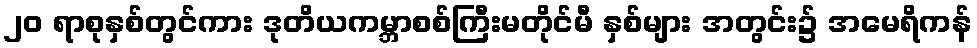
၂၀ ရာစုနှစ်တွင်ကား ဒုတိယကမ္ဘာစစ်ကြီးမတိုင်မီ နှစ်များ အတွင်း၌ အမေရိကန်